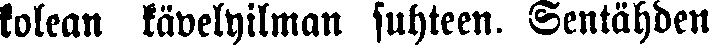
kolean kävelyilman suhteen. Sentähden